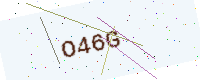
Text: O46G